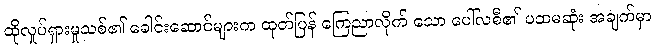
ထိုလှုပ်ရှားမှုသစ်၏ ခေါင်းဆောင်များက ထုတ်ပြန် ကြေညာလိုက် သော ပေါ်လစီ၏ ပထမဆုံး အချက်မှာ